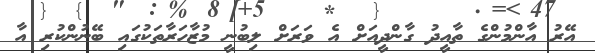
އޭރު އާންމުންގެ ތާއީދު ގާންދީއަށް އެ ވަރަށް ލިބުނީ މުޒާހަރާތަކުގައި ބޭނުންކުރި އާ